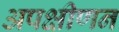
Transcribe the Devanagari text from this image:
अपक्षीणन